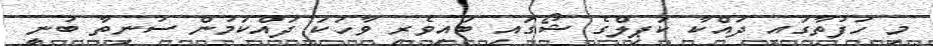
މި ހަފުތާގައި ދައްކާ ކަޕިލްގެ ޝޯގައި ބައިވެރި ވާހަކަ ދައްކަމުން ސުނިތާ ބުނީ